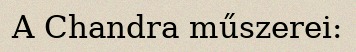
A Chandra műszerei: